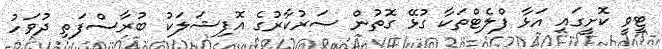
ޓީވީ ކޮށީގައި އަޅާ ފްލެޓްތަކާ ގުޅޭ ގޮތުން ސަރުކާރުގެ އޮފިޝަލަކު ބުރާސްފަތި ދުވަހު